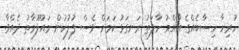
ހުރިހާ ހިސާބެއްގެ އާއްމު ހާލަތު ރަނގަޅު ކަމަށް ވެސް ފުލުހުން މައުލޫމާތު ދެއްވާ.